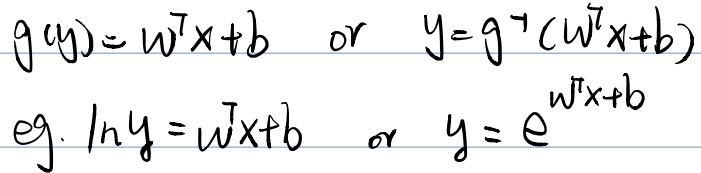
\[
\begin{align*}
g(y)&= w^{T}x + b\quad \text{or}\quad y = g^{-1}(w^{T}x + b)\\
\text{e.g.}&\ln y= w^{T}x + b\quad \text{or}\quad y = e^{w^{T}x + b}
\end{align*}
\]